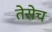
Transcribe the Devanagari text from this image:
तेसेच